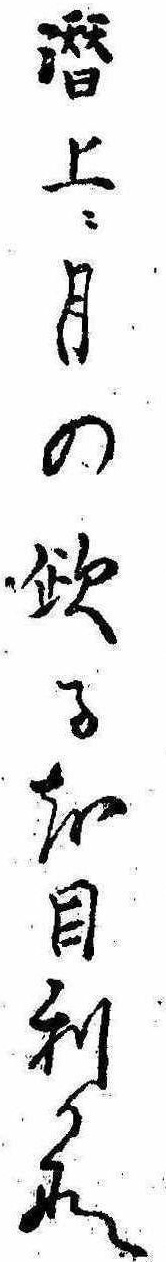
潜上に月の欠るを目利かな